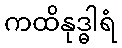
ကထိနုဒ္ဓါရံ